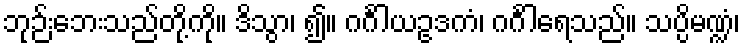
ဘုဉ်းဘေးသည်တို့ကို။ ဒိသွာ၊ ၍။ ဂင်္ဂါယဥဒကံ၊ ဂင်္ဂါရေသည်။ သပ္ပိမဏ္ဍံ၊